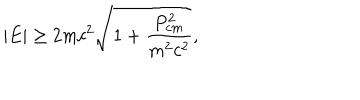
| E | \ge 2 m c ^ { 2 } \sqrt { 1 + \frac { P _ { c m } ^ { 2 } } { m ^ { 2 } c ^ { 2 } } } ,